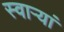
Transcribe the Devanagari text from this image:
स्वार्‍यां